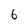
Character: 6